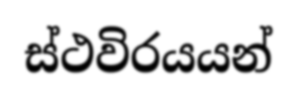
ස්ථවිරයයන්